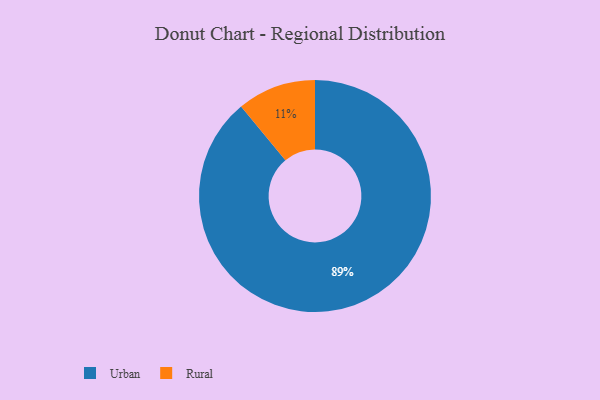
{"axis": {"x": "Category", "y": "Percentage"}, "legend": ["Rural", "Urban"], "data": [{"x": "Rural", "y": 11, "type": "Rural"}, {"x": "Urban", "y": 89, "type": "Urban"}]}